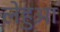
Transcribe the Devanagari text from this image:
लेहुआ